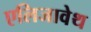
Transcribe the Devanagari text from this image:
एलिजावेथ